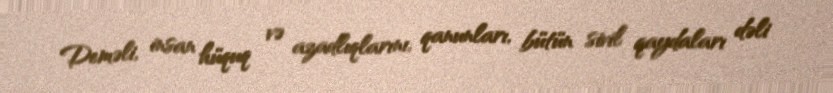
Deməli, insan hüquq və azadlıqlarını, qanunları, bütün sivil qaydaları dəli